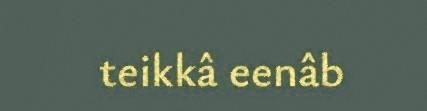
teikkâ eenâb